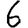
Digit: 6